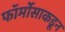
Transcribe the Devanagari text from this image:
फॉर्मोसाकडून